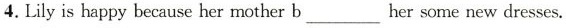
4. Lily is happy because her mother b ___ her some new dresses.